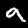
Label: 9